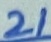
Text: 21